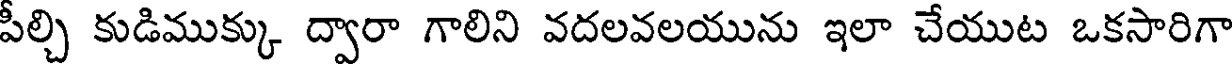
పీల్చి కుడిముక్కు ద్వారా గాలిని వదలవలయును ఇలా చేయుట ఒకసారిగా